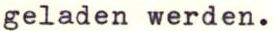
geladen werden.